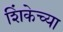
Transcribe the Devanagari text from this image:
शिंकेच्या